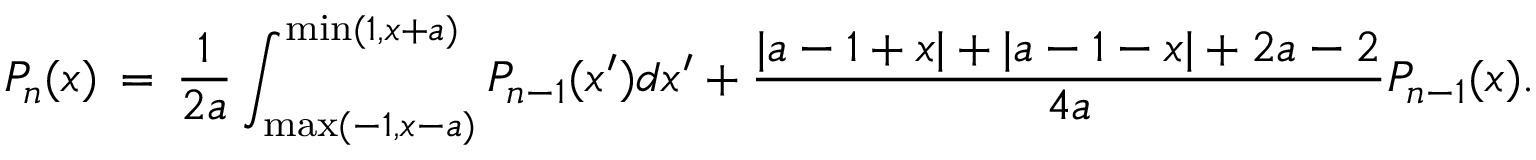
P _ { n } ( x ) \, = \, \frac { 1 } { 2 a } \int _ { \mathrm { m a x } ( - 1 , x - a ) } ^ { \mathrm { m i n } ( 1 , x + a ) } P _ { n - 1 } ( x ^ { \prime } ) d x ^ { \prime } + \frac { | a - 1 + x | + | a - 1 - x | + 2 a - 2 } { 4 a } P _ { n - 1 } ( x ) .